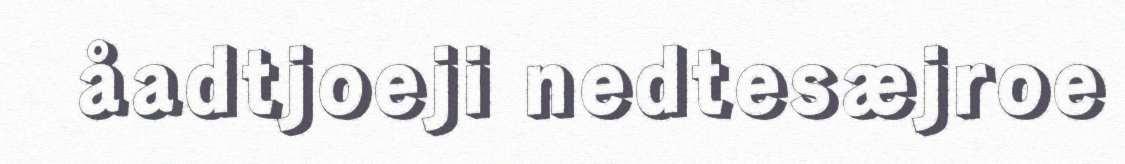
åadtjoeji nedtesæjroe